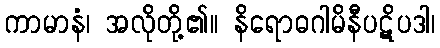
ကာမာနံ၊ အလိုတို့၏။ နိရောဓဂါမိနီပဋိပဒါ၊